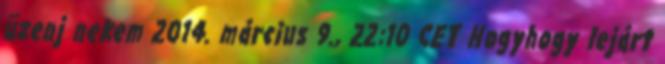
üzenj nekem 2014. március 9., 22:10 CET Hogyhogy lejárt